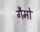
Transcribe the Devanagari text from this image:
गैमो